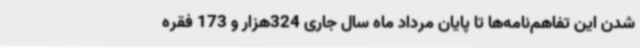
شدن این تفاهم‌نامه‌ها تا پایان مرداد ماه سال جاری 324هزار و 173 فقره